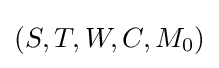
(S,T,W,C,M_{0})